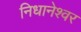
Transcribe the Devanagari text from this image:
निधानेश्वर